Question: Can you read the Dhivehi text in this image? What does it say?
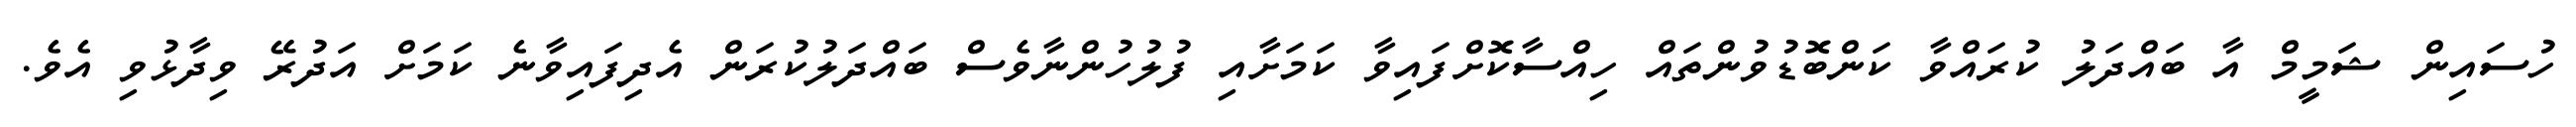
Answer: ހުސައިން ޝަމީމް އާ ބައްދަލު ކުރައްވާ ކަންބޮޑުވުންތައް ހިއްސާކޮށްފައިވާ ކަމަށާއި ފުލުހުންނާވެސް ބައްދަލުކުރަން އެދިފައިވާނެ ކަމަށް އަދުރޭ ވިދާޅުވި އެވެ.